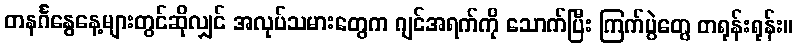
တနင်္ဂနွေနေ့များတွင်ဆိုလျှင် အလုပ်သမားတွေက ဂျင်အရက်ကို သောက်ပြီး ကြက်ပွဲတွေ တရုန်းရုန်း။